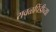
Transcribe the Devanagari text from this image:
रावळपिंडीच्या